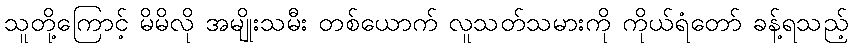
သူတို့ကြောင့် မိမိလို အမျိုးသမီး တစ်ယောက် လူသတ်သမားကို ကိုယ်ရံတော် ခန့်ရသည့်